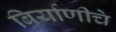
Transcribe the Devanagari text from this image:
बिर्याणीचे